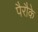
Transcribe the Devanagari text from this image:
पैरौके